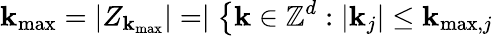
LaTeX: \mathbf{k}_{\operatorname*{max}}=\left|Z_{\mathbf{k}_{\operatorname*{max}}}\right|=\mid\left\{ \mathbf{k}\in\mathbb{{Z}}^{d}:\left|\mathbf{k}_{j}\right|\leq\mathbf{k}_{\operatorname*{max},j}\right.